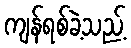
ကျန်ရစ်ခဲ့သည့်